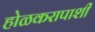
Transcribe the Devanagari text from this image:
होळकरापाशी